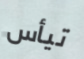
تيأس